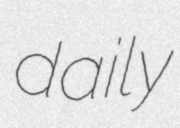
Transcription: daily